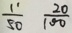
\frac { 1 1 } { 5 0 } \frac { 2 0 } { 1 0 0 }